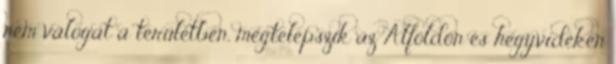
nem válogat a területben, megtelepszik az Alföldön és hegyvidéken